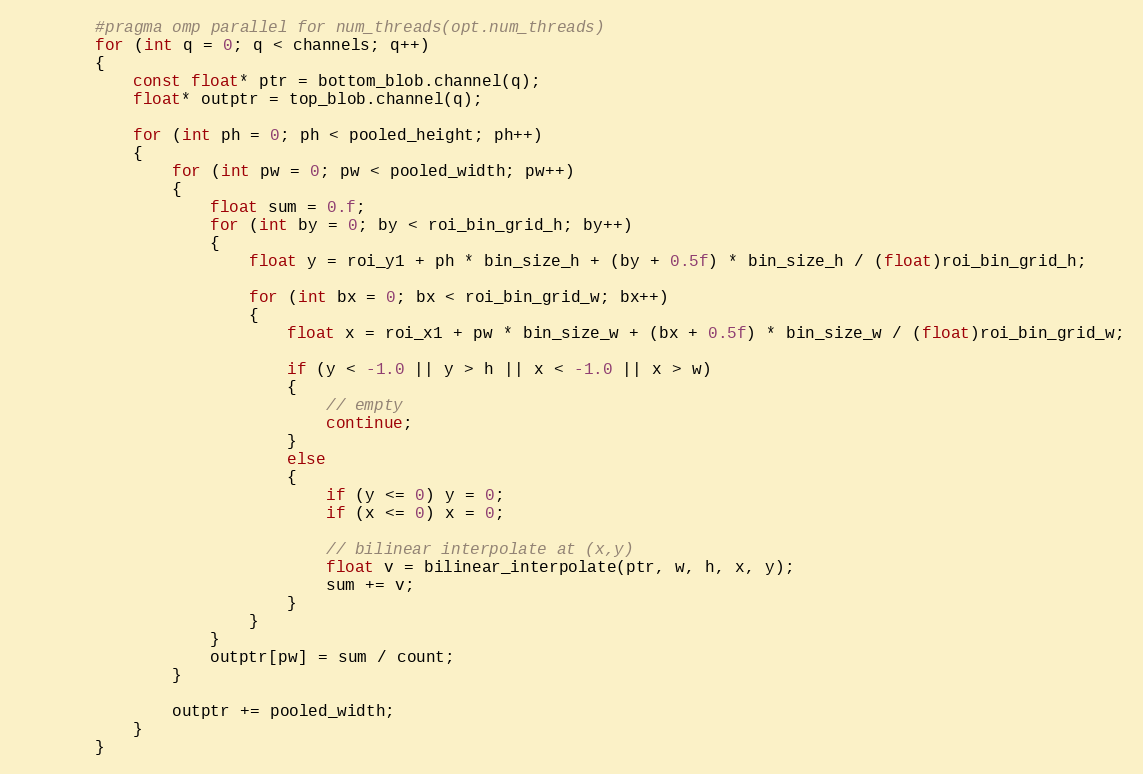
Language: C++
        #pragma omp parallel for num_threads(opt.num_threads)
        for (int q = 0; q < channels; q++)
        {
            const float* ptr = bottom_blob.channel(q);
            float* outptr = top_blob.channel(q);

            for (int ph = 0; ph < pooled_height; ph++)
            {
                for (int pw = 0; pw < pooled_width; pw++)
                {
                    float sum = 0.f;
                    for (int by = 0; by < roi_bin_grid_h; by++)
                    {
                        float y = roi_y1 + ph * bin_size_h + (by + 0.5f) * bin_size_h / (float)roi_bin_grid_h;

                        for (int bx = 0; bx < roi_bin_grid_w; bx++)
                        {
                            float x = roi_x1 + pw * bin_size_w + (bx + 0.5f) * bin_size_w / (float)roi_bin_grid_w;

                            if (y < -1.0 || y > h || x < -1.0 || x > w)
                            {
                                // empty
                                continue;
                            }
                            else
                            {
                                if (y <= 0) y = 0;
                                if (x <= 0) x = 0;

                                // bilinear interpolate at (x,y)
                                float v = bilinear_interpolate(ptr, w, h, x, y);
                                sum += v;
                            }
                        }
                    }
                    outptr[pw] = sum / count;
                }

                outptr += pooled_width;
            }
        }